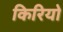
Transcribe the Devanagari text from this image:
किरियो